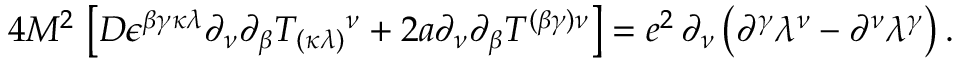
{ 4 M ^ { 2 } } \, \left[ D \epsilon ^ { \beta \gamma \kappa \lambda } \partial _ { \nu } { \partial _ { \beta } } T _ { ( \kappa \lambda ) } { } ^ { \nu } + 2 a \partial _ { \nu } { \partial _ { \beta } } T ^ { ( \beta \gamma ) \nu } \right] = e ^ { 2 } \, \partial _ { \nu } \left( { \partial } ^ { \gamma } \lambda ^ { \nu } - { \partial } ^ { \nu } \lambda ^ { \gamma } \right) .